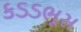
કડડભૂસ